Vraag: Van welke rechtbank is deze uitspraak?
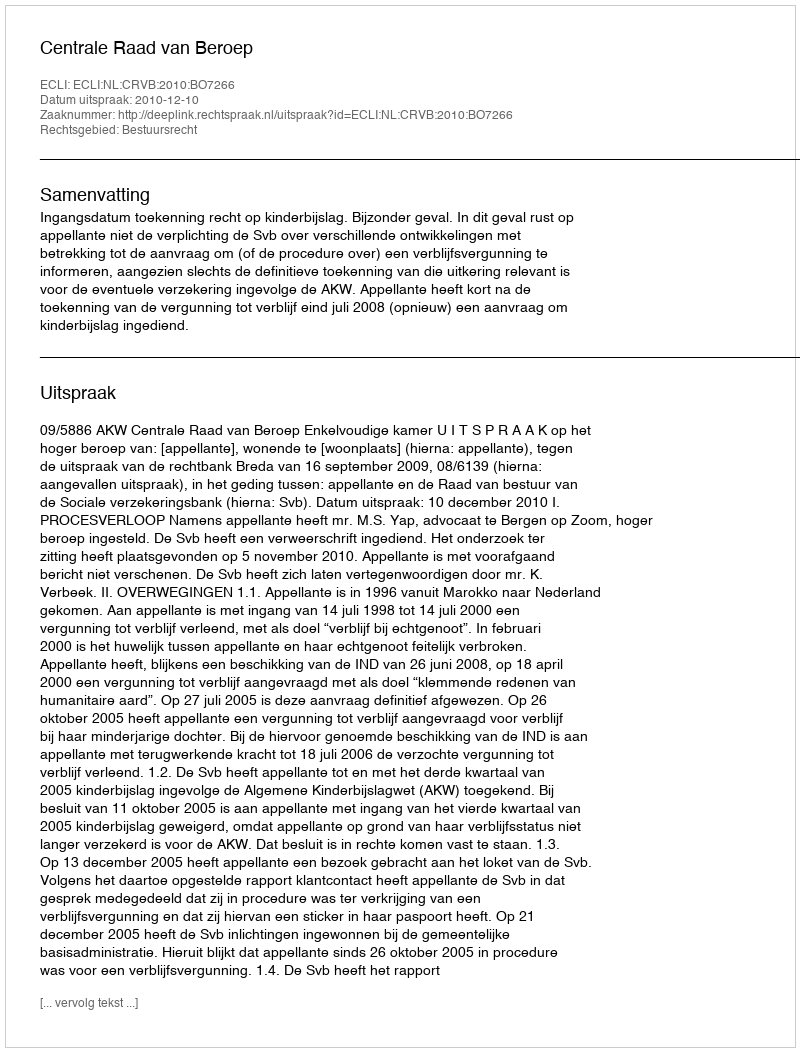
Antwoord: Centrale Raad van Beroep